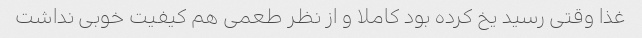
غذا وقتی رسید یخ کرده بود کاملا و از نظر طعمی هم کیفیت خوبی نداشت